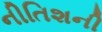
નીતિશની